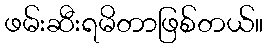
ဖမ်းဆီးရမိတာဖြစ်တယ်။